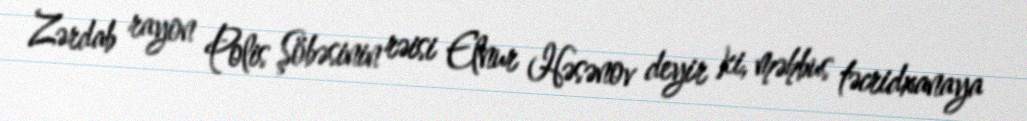
Zərdab rayon Polis Şöbəsinin rəisi Elnur Həsənov deyir ki, məhbus təcridxanaya